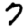
Digit: 7